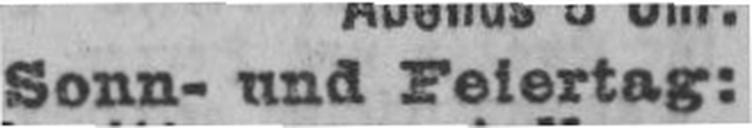
Sonn- und Feiertag: